Note on the mental hospitals in Burma - 1925-1940
Year: 1925
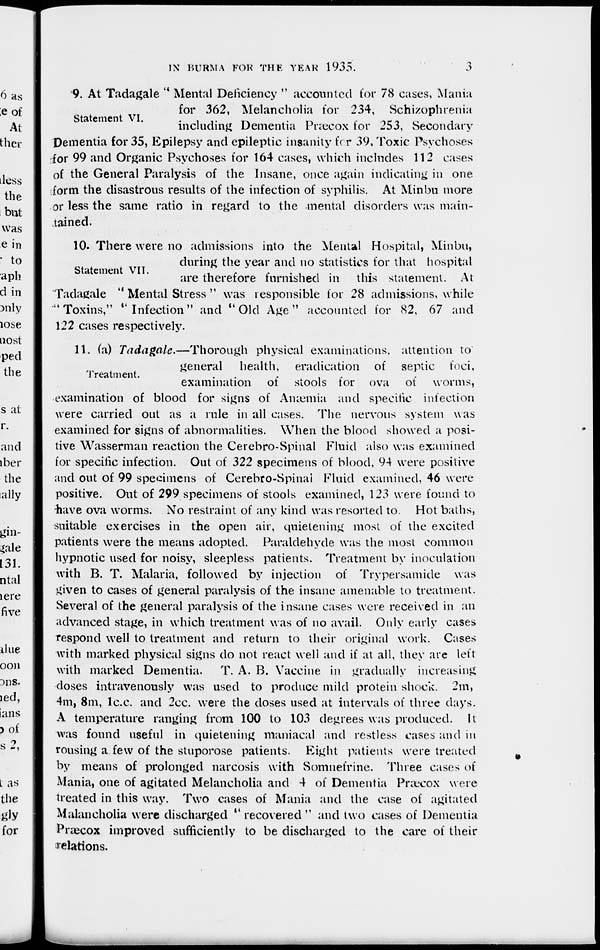
IN BURMA FOR THE YEAR 1935.
3
9. At Tadagale " Mental Deficiency " accounted for 78 cases, Mania
for 362, Melancholia for 234, Schizophrenia
including Dementia Pnæcox for 253, Secondary
Dementia for 35, Epilepsy and epileptic insanity for 39, Toxic Psychoses
for 99 and Organic Psychoses for 164 cases, which includes 112 cases
of the General Paralysis of the Insane, once again indicating in one
form the disastrous results of the infection of syphilis. At Minbu more
or less the same ratio in regard to the mental disorders was main-
tained.
Statement VI.
Statement VII.
10. There were no admissions into the Mental Hospital, Minbu,
during the year and no statistics for that hospital
are therefore furnished in this statement. At
Tadagale '' Mental Stress " was responsible for 28 admissions, while
"Toxins," '' Infection" and "Old Age" accounted for 82, 67 and
122 cases respectively.
Treatment.
11. (a) Tadagale.—Thorough
physical examinations, attention to
general health, eradication of septic foci,
examination of stools for ova of worms,
examination of blood for signs of Amæmia and specific infection
were carried out as a rule in all cases. The nervous system was
examined for signs of abnormalities. When the blood showed a posi-
tive Wasserman reaction the Cerebro-Spinal Fluid also was examined
for specific infection. Out of 322 specimens of blood, 94 were positive
and out of 99 specimens of Cerebro-Spinal Fluid examined, 46 were
positive. Out of 299 specimens of stools examined, 123 were found to
-have ova worms. No restraint of any kind was resorted to. Hot baths,
suitable exercises in the open air, quietening most of the excited
patients were the means adopted. Paraldehyde was the most common
hypnotic used for noisy, sleepless patients. Treatment by inoculation
with B. T. Malaria, followed by injection of Trypersamide was
given to cases of general paralysis of the insane amenable to treatment.
Several of the general paralysis of the insane cases were received in an
advanced stage, in which treatment was of no avail. Only early cases
respond well to treatment and return to their original work. Cases
with marked physical signs do not react well and if at all, they are left
with marked Dementia. T. A. B. Vaccine in gradually increasing
doses intravenously was used to produce mild protein shock. 2m,
4m, 8m, 1c.c. and 2cc. were the doses used at intervals of three days.
A temperature ranging from 100 to 103 degrees was produced. It
was found useful in quietening maniacal and restless cases and in
rousing a few of the stuporose patients. Eight patients were treated
by means of prolonged narcosis with Somnefrine. Three cases of
Mania, one of agitated Melancholia and 4 of Dementia Præcox were
treated in this way. Two cases of Mania and the case of agitated
Malancholia were discharged '' recovered " and two cases of Dementia
Præcox improved sufficiently to be discharged to the care of their
relations.